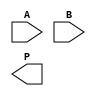
module HigherRadixWallaceTreeMultiplier #(parameter RADIX = 8, parameter WIDTH = 8) (
    input  [WIDTH-1:0] A,
    input  [WIDTH-1:0] B,
    output [2*WIDTH-1:0] P
);

    // Generate partial products based on the selected radix
    wire [WIDTH-1:0] partial_products [0:(WIDTH/RADIX)-1];

    generate
        genvar i, j;
        for (i = 0; i < WIDTH/RADIX; i = i + 1) begin : PARTIAL_PRODUCT_GENERATION
            for (j = 0; j < RADIX; j = j + 1) begin : MULTIPLY_BITS
                assign partial_products[i][j] = A[j + (i * RADIX)] & B[j + (i * RADIX)];
            end
        end
    endgenerate

    // Reduction tree structure
    wire [2*WIDTH-1:0] reduced_sum [0:(WIDTH/RADIX)-1];
    wire [2*WIDTH-1:0] carry [0:(WIDTH/RADIX)-1];

    // Initial reduction stage using half and full adders
    generate
        for (i = 0; i < (WIDTH/RADIX)-1; i = i + 1) begin : REDUCTION_STAGE
            // Example of a simple reduction using a carry-save adder approach
            // Actual implementation might require more complex structures
            assign {carry[i], reduced_sum[i]} = partial_products[i] + partial_products[i+1];
        end
    endgenerate

    // Final addition stage
    wire [2*WIDTH-1:0] final_sum;
    wire [2*WIDTH-1:0] final_carry;

    assign {final_carry, final_sum} = reduced_sum[0] + reduced_sum[1];

    // Final output assignment
    assign P = final_sum + final_carry;

endmodule